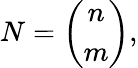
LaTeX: N=\left(\begin{array}{cc}{{n}}\\ {{m}}\end{array}\right),